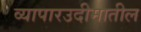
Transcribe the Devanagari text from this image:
व्यापारउदीमातील